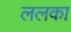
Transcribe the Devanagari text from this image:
ललका